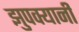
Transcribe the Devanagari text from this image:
झुपक्यानी